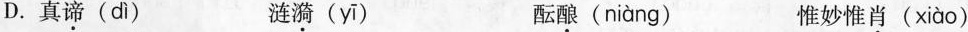
D.真\underset{·}{谛}( dì ) 涟\underset{·}{漪}( yī ) 酝\underset{·}{酿}( niàng ) 惟妙惟\underset{·}{肖}( xiào )